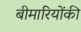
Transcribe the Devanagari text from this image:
बीमारियोंकी